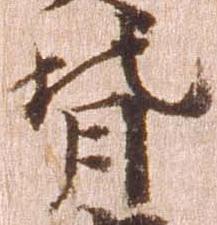
背